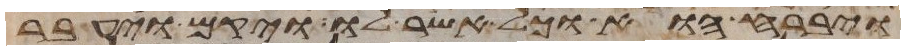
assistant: ויברח הוא וכל אשר לו ויקם ויעבר